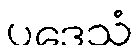
ပဒေသံ